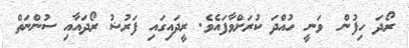
ރޯދަ ހިފުން  ވަނީ ހުއްދަ ކުރަށްވާފައެވެ. ރީދައިގައި ފަރުޟު ރޯދައާއި ސުންނަތް